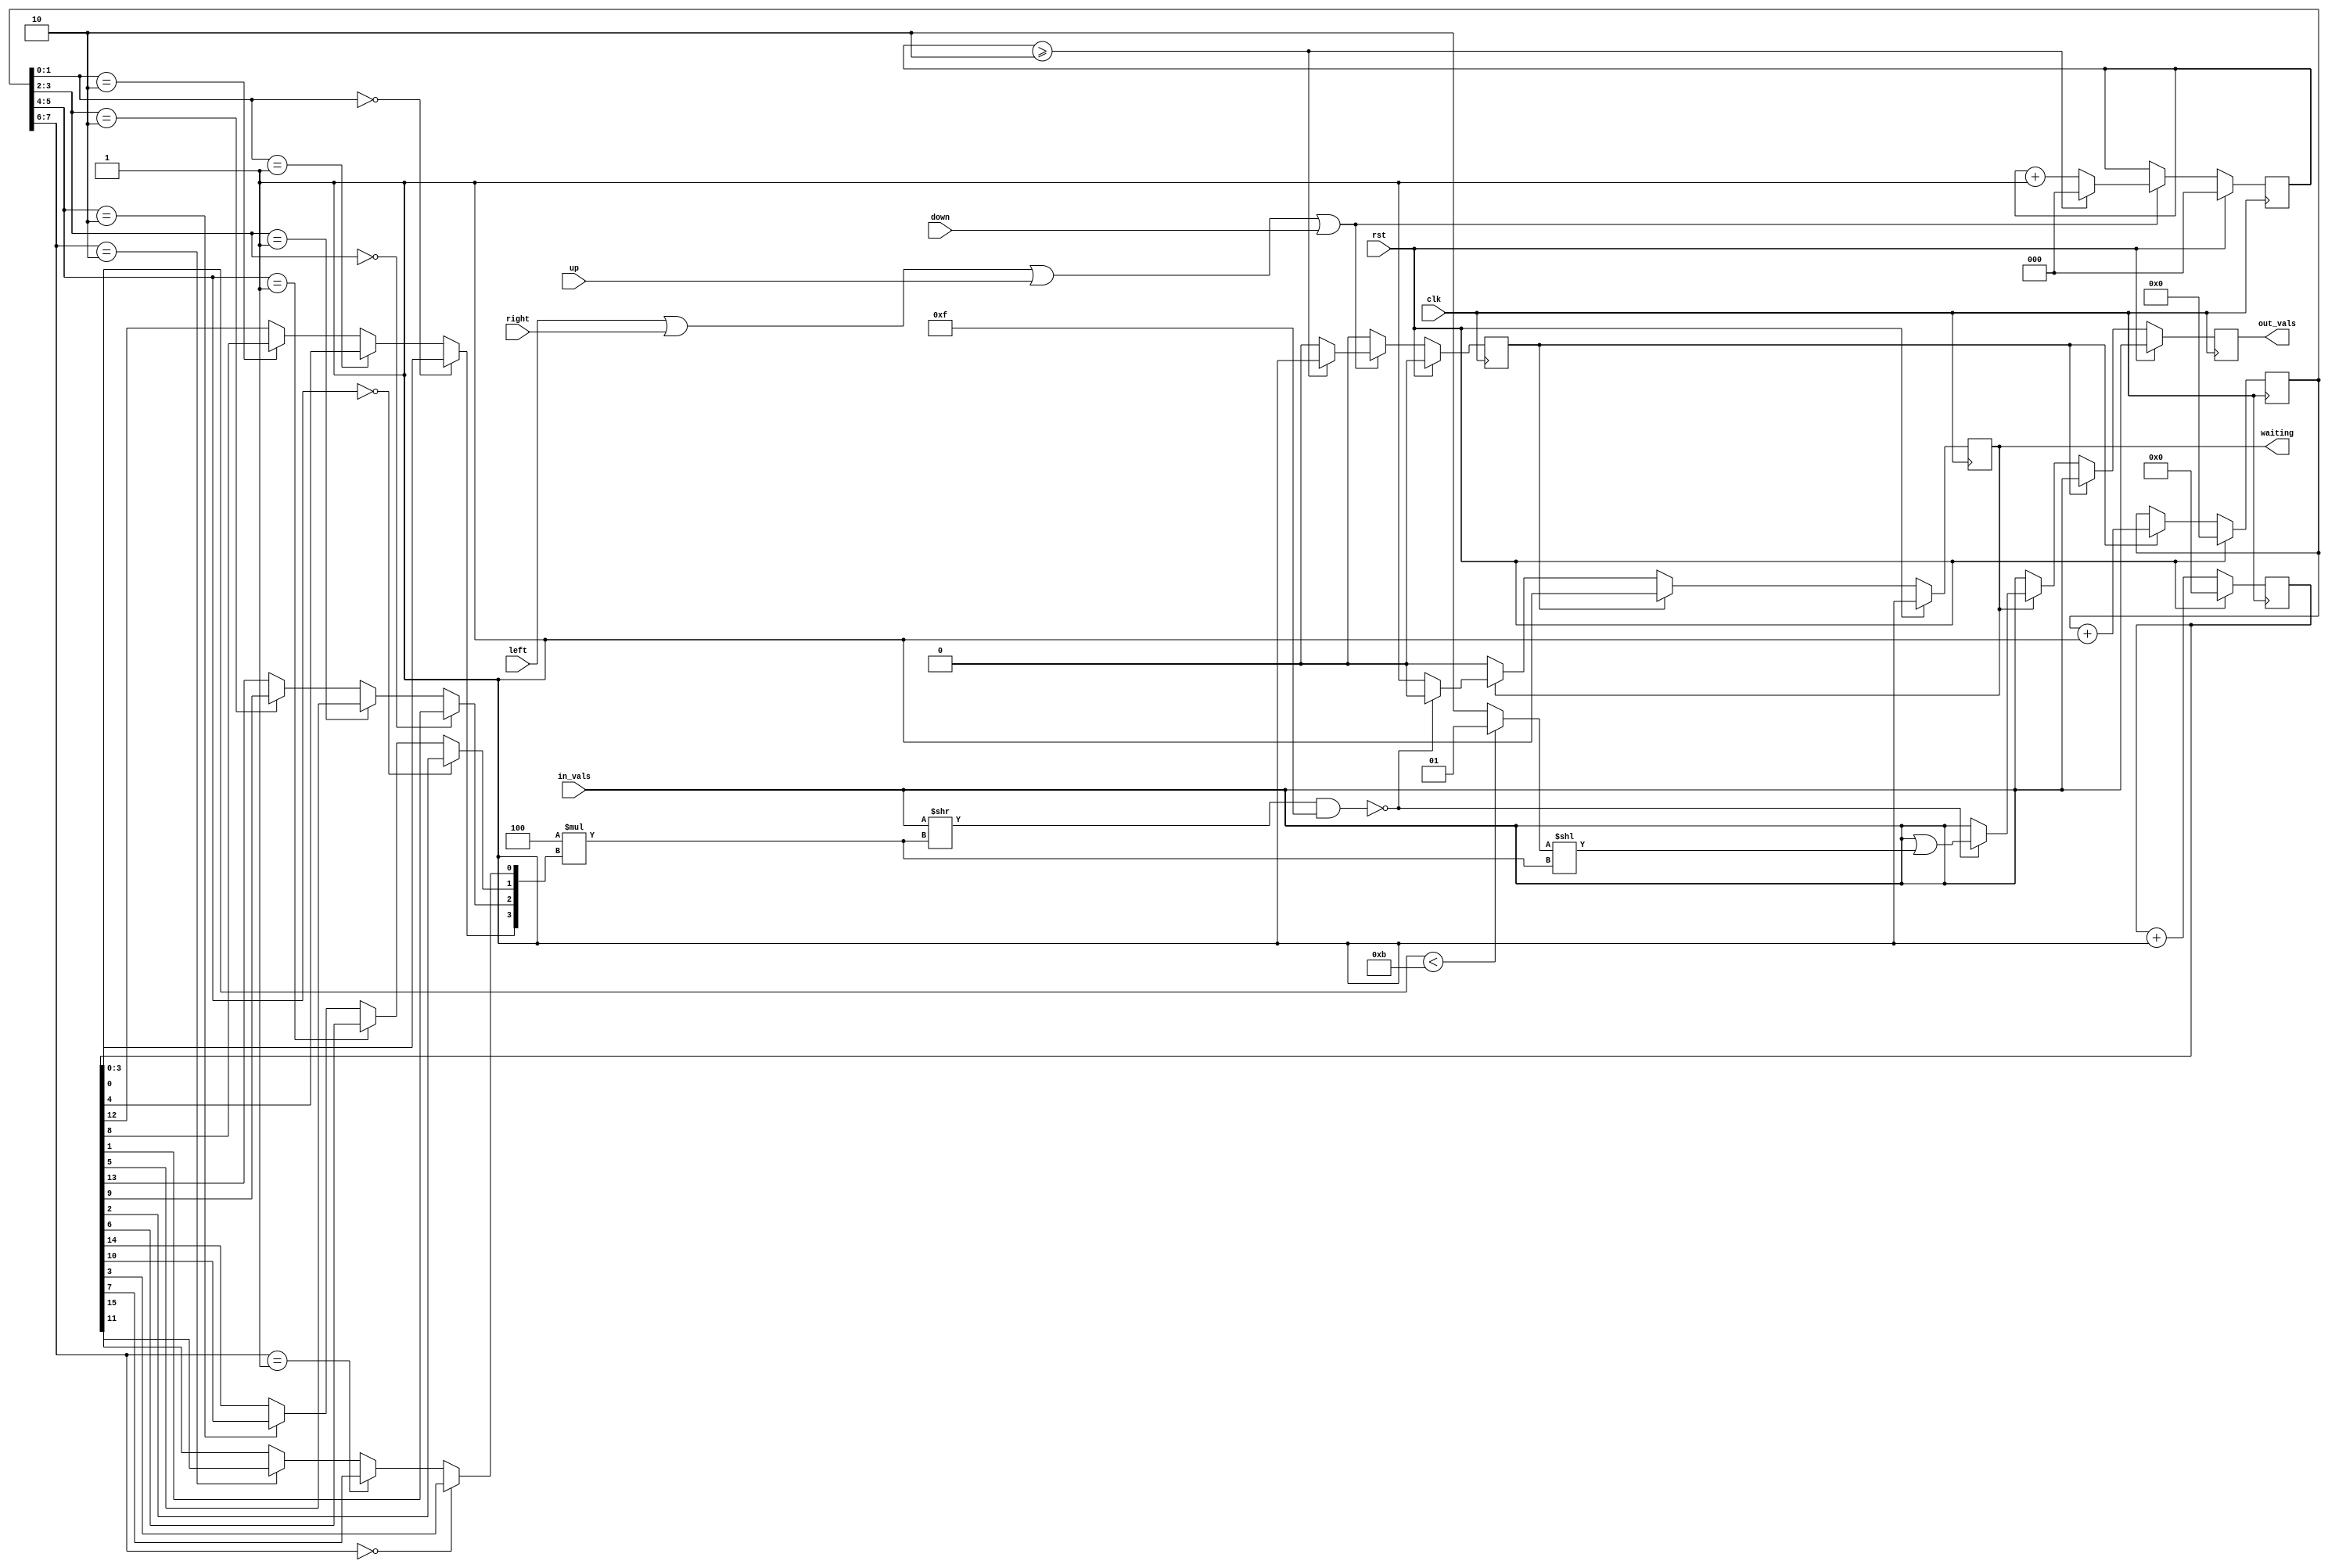
/* Generates random numbers to fill grid
    Fills an empty spot with a new value
    New values are either 2 or 4 (1 or 2 in output)
    Adding a 2 has higher probability than 4
*/

module rng(
    input clk,          // system clock
	 input rst,
	input wire up,
	input wire down,
    input wire left,
    input wire right,
    input [63:0] in_vals,
	output reg [63:0] out_vals,
    output reg waiting          // if currently searching for new value
);

    // monitor updates to count button presses
    reg [2:0] btn_cnt;
    parameter MAX_BTN_CNT = 3'd2;
    reg gen;
    
    // state of module
    // determines which bits to pull from output 
    reg [7:0] state;
    reg [15:0] cnt;

    // index in the board
    wire [3:0] idx;
    // value to insert in board
    wire [3:0] val;

    // set new value to 2 11/16 of the time
    assign val = cnt[3:0] < 11 ? 4'd1 : 4'd2;

    // select "random" bits for the new tile location based on state
    assign idx[3] = state[1:0] == 2'd0 ? cnt[0] : 
                    state[1:0] == 2'd1 ? cnt[4] :
                    state[1:0] == 2'd2 ? cnt[8] : cnt[12];
    assign idx[2] = state[3:2] == 2'd0 ? cnt[1] : 
                    state[3:2] == 2'd1 ? cnt[5] :
                    state[3:2] == 2'd2 ? cnt[9] : cnt[13];
    assign idx[1] = state[5:4] == 2'd0 ? cnt[2] : 
                    state[5:4] == 2'd1 ? cnt[6] :
                    state[5:4] == 2'd2 ? cnt[10] : cnt[14];
    assign idx[0] = state[7:6] == 2'd0 ? cnt[3] : 
                    state[7:6] == 2'd1 ? cnt[7] :
                    state[7:6] == 2'd2 ? cnt[11] : cnt[15];

    // Decide what value (2 or 4) to set
    always @(posedge clk) begin 
		if (rst) begin
            cnt <= 16'd0;
            state <= 8'd0;
            waiting <= 1;
            out_vals <= in_vals;
        end else if (gen) begin
            cnt <= cnt + 1;
            state <= state + 1;
            waiting <= 1;
            out_vals <= in_vals;
        end else begin 
            // Increment counter
            cnt <= cnt + 1;
            //out_vals <= in_vals;
            // maintain internal state state
            state <= state;
            if (waiting) begin // find random number
                if (((in_vals >> (4*idx)) & 4'b1111) == 4'd0) begin // check of tile is empty
                    out_vals <= in_vals | ({60'd0, val} << (4*idx));
                    waiting <= 0;
                end else begin // continue looking for new number
                    waiting <= 1;
                    out_vals <= in_vals;
                end
            end else begin
                waiting <= 0;
                out_vals <= in_vals;
            end
        end
    end
    
    
    // register new update
    always @(posedge clk) begin
        if (rst) begin
            gen <= 0;
            btn_cnt <= 3'd0;
        end else if (left | right | up | down) begin
            if (btn_cnt >= MAX_BTN_CNT) begin
                gen <= 1;
                btn_cnt <= 3'd0;
            end else begin
                btn_cnt <= btn_cnt + 3'd1;
                gen <= 0;
            end
        end else begin
            btn_cnt <= btn_cnt;
            gen <= 0;
        end
    end

endmodule